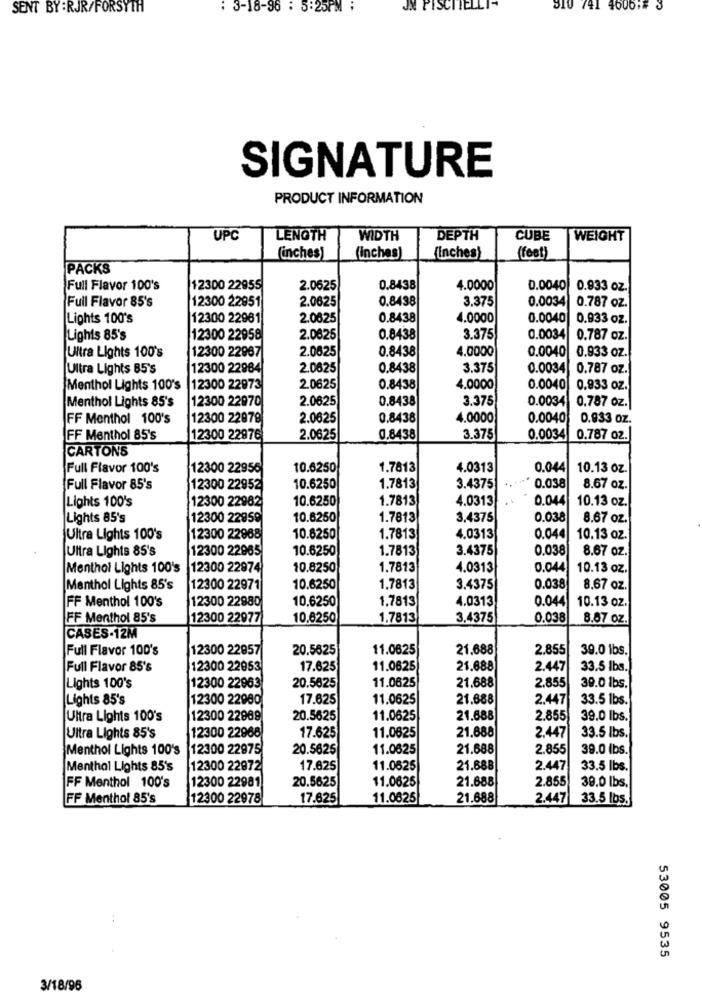
SENT BY :RJR/FORSYTH
: 3-18-96 : 5:25PM :
JN PISCITELLI
310 741 4606:5 3
SIGNATURE
PRODUCT INFORMATION
UPC
LENGTH
WIDTH
DEPTH
CUBE
WEIGHT
(inches)
(inches)
(Inches)
(feet)
PACKS
Full Flavor 100's
12300 22955
2.0625
0.8438
4.0000
0.0040 0.933 oz.
Full Flavor 85's
12300 22951
2.0625
0.8438
3.375
0.0034 0.787 oz.
Lights 100's
12300 22961
2.0625
0.8438
4.0000
0.0040 0.933 oz.
Lighis 85's
12300 22958
2.0625
0.8438
3.375
0.0034 0.787 oz.
2.0625
0.8438
4,0000
0.0040
0.933 oz.
Ultra Lights 100's
12300 22987
Ultra Lights 85's
12300 22964
2.0625
0.8438
3.375
0.0034 0.787 oz.
Menthol Lights 100's
12300 22973
2.0625
0.8438
4.0000
0.0040 0.933 oz.
12300 22970
2.0625
0.8438
3.375
0.0034
0.787 oz.
Menthol Lights 85's
FF Menthol 100's
12300 22978
2.0625
0.8438
4.0000
0.0040
0.933 oz.
FF Menthol 85's
12300 22976
2.0625
0.8438
3.375
0.0034 0.787 oz.
CARTONS
Full Flavor 100's
12300 22956
10.6250
1.7813
4.0313
0.044
10.13 oz.
Full Flavor 85's
12300 22952
10.6250
1.7813
3.4375
* 0.038
8.67 oz.
Lights 100's
12300 22982
10.6250
1.7813
4.0313
0.044
10.13 oz.
Lights 85's
12300 22950
10.6250
1.7813
3,4375
0.038
8.67 oz.
Ultra Lights 100's
12300 22968
10.6250
1.7813
4.0313
0.044
10.13 oz.
Ultra Lights 85's
12300 22965
10.6250
1.7813
3.4375
0.038
8.67 oz.
Menthol Lights 100's
12300 22974
10.8250
1.7813
4.0313
0.044
10.13 oz.
Menthol Lights 85's
12300 22971
10.6250
1.7813
3.4375
0.038
8.67 oz.
FF Menthol 100's
12300 22980
10.6250
1.7813
4.0313
0.044
10.13 oz.
FF Menthol 85's
12300 22977
10.6250
1.7813
3.4375
0.038
8.67 oz.
CASES-12M
Full Flavor 100's
12300 22957
20.5625
11.0825
21.688
2.855
39.0 lbs.
Full Flavor 85's
12300 22053
17.625
11.0625
21.688
2.447
33.5 lbs.
21.688
Lights 100's
12300 22963
20.5625
11.0625
2.855
39.0 1bs.
Lights 85's
12300 22980
17.625
11.0625
21.688
2.447
33.5 lbs.
Ultra Lights 100's
12300 22969
20.5625
11.0625
21.888
2.855
39.0 lbs.
11.0625
21.688
2.447
Ultra Lights 85's
12300 22968
17.625
33.5 lbs.
Menthol Lights 100's
12300 22975
20.5625
11.0625
21.688
2.855
39.0 lbs.
Menthal Lights 85's
12300 22972
17.825
11.0625
21.888
2.447
33.5 lbs.
20.5625
11.0625
21.688
2.855
FF Menthol 100's
12300 22981
39.0 lbs.
FF Menthol 85's
12300 22978
17.625
11.0625
21.688
2.447
33.5 lbs.
53005 9535
3/18/96